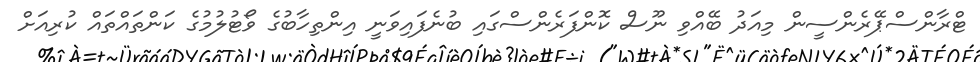
ޓްރާންސްޕޭރެންސީން މިއަދު ބޭއްވި ނޫސް ކޮންފަރެންސްގައި ބުނެފައިވަނީ އިންތިހާބުގެ ވޯޓުލުމުގެ ކަންތައްތައް ކުރިއަށް